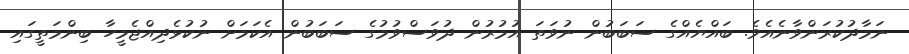
ނަމާދުކުރަންވާނެއެވެ. ބައްޔެއްގެ ސަބަބުން ނުވަތަ އުމުރުން ދުވަސްވުމުގެ ސަބަބުން އެކަމަށް ނުކުޅެދިއްޖެމީހާ ބިންމަތީގައި